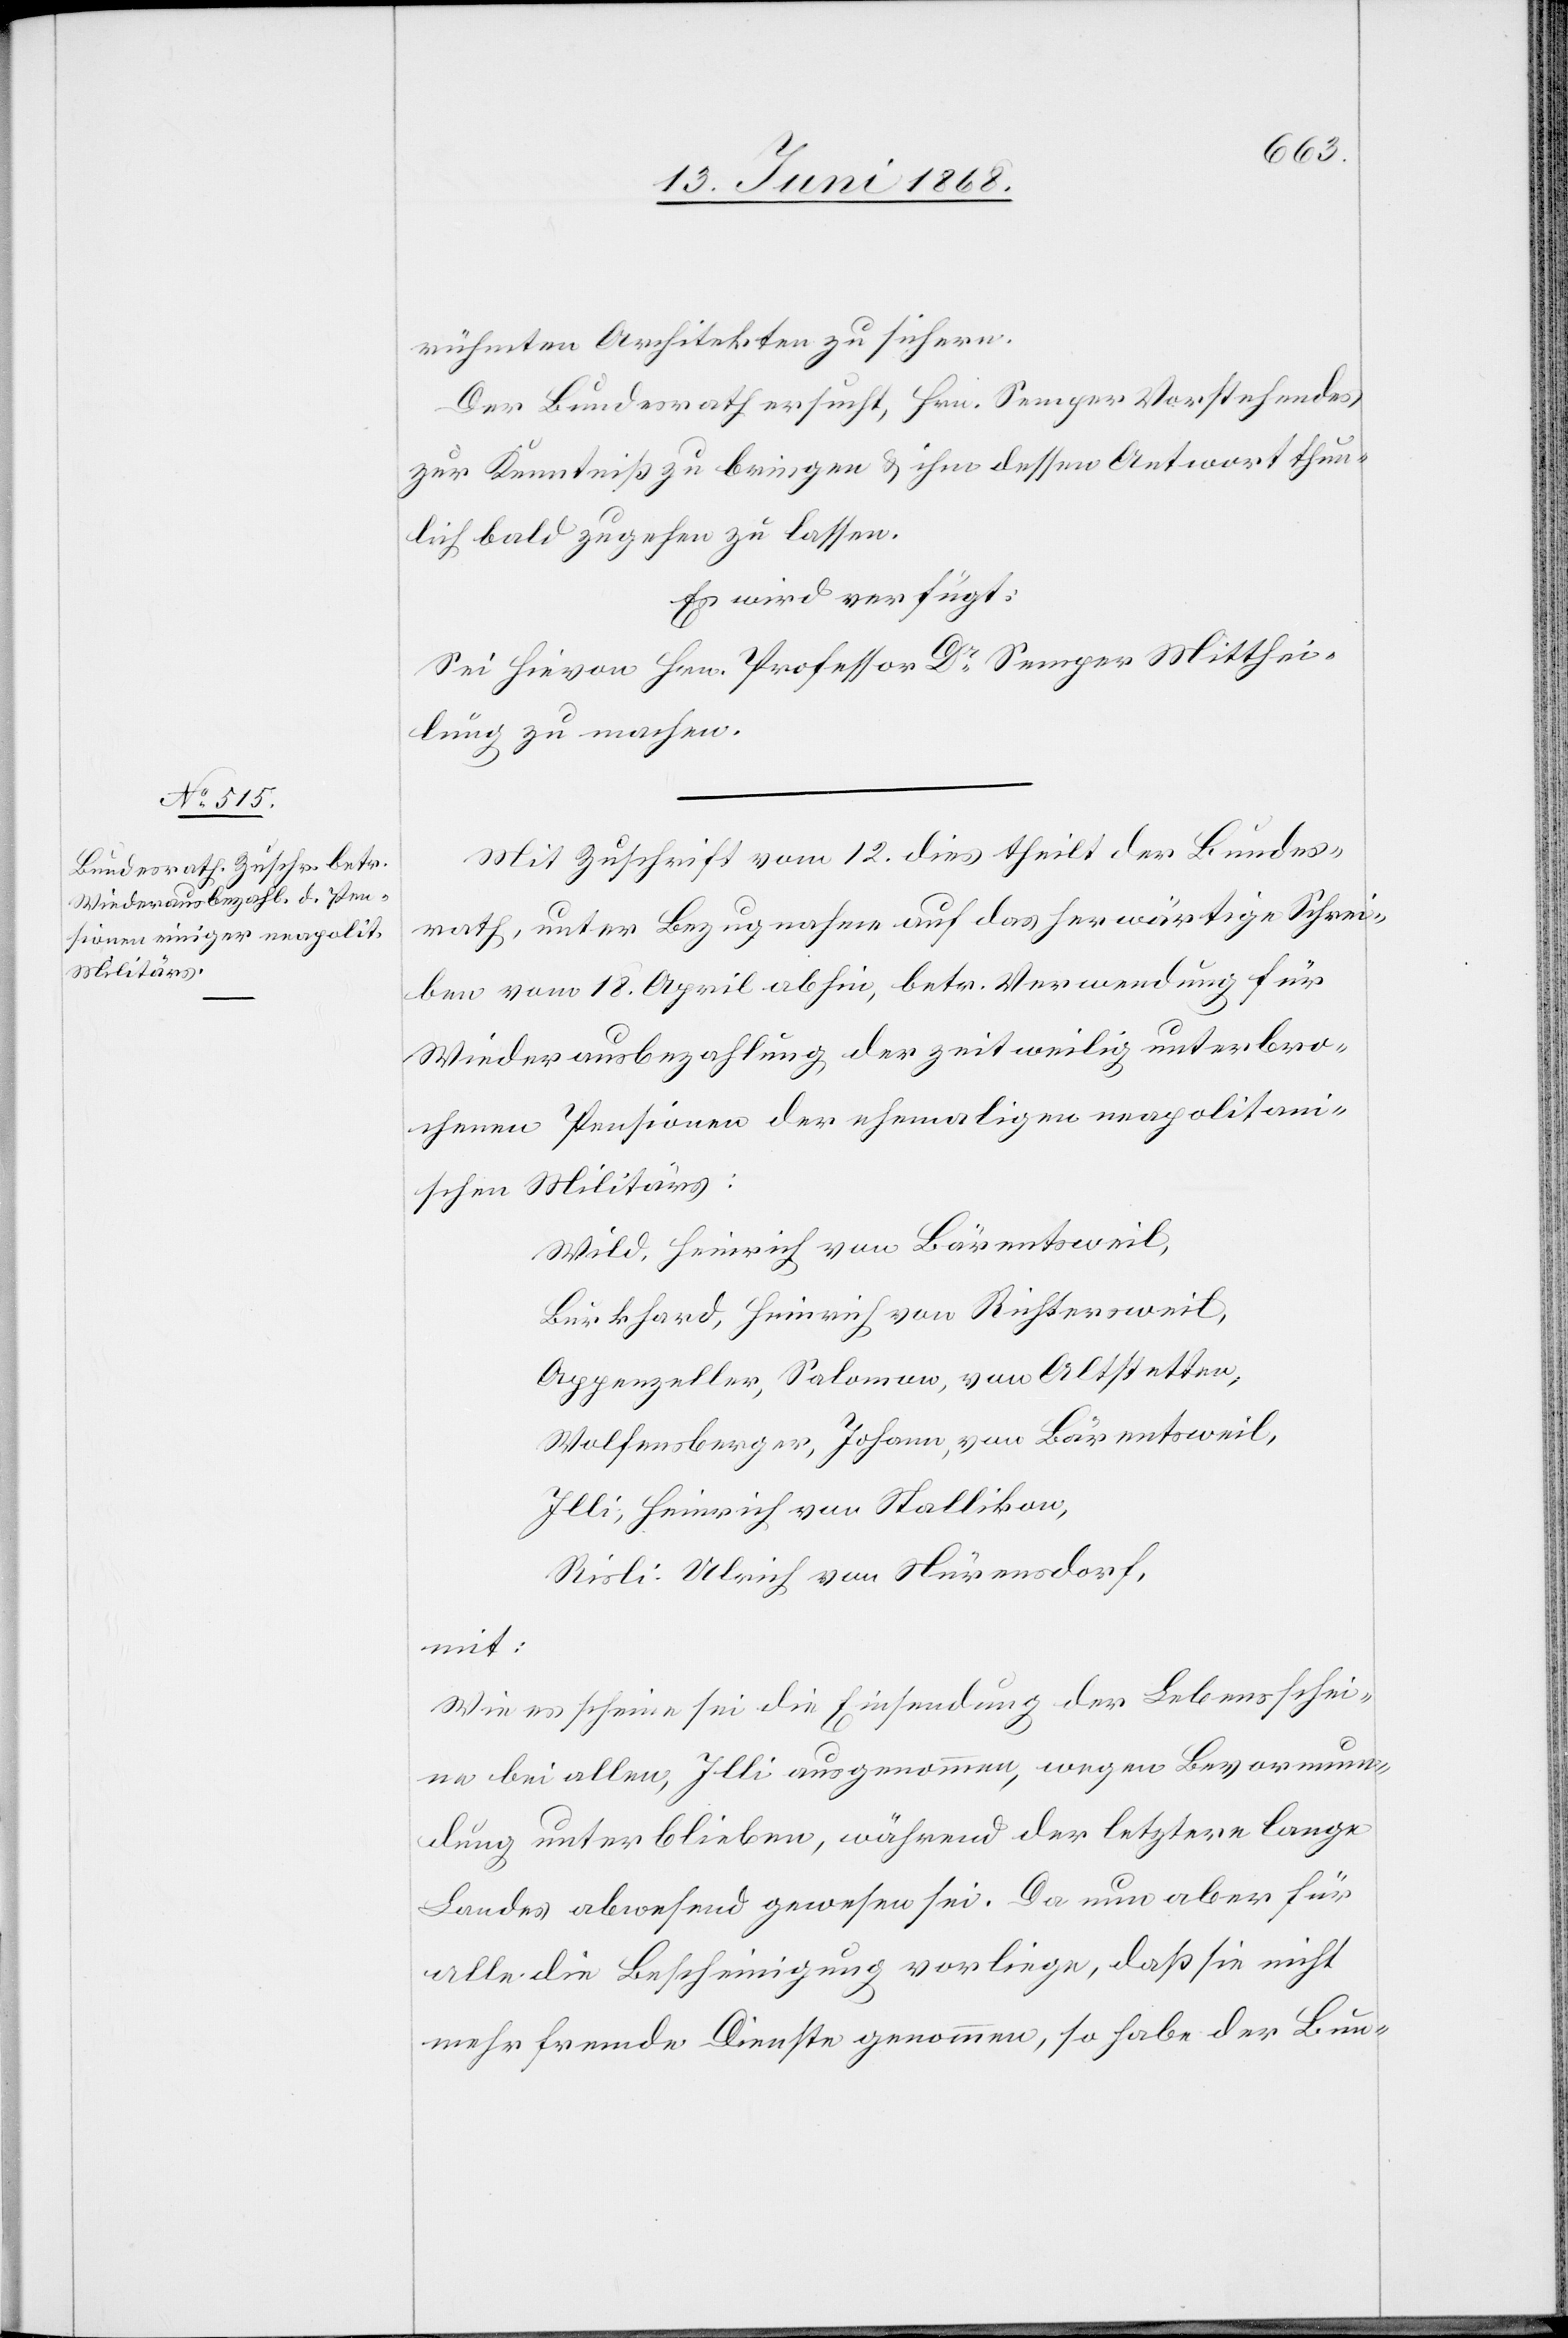
14. Juni 1868.]
rühmten Architekten zu sichern.
Der Bundesrath ersucht, Hrn. Semper Vorstehendes
zur Kenntniß zu bringen & ihm dessen Antwort thun¬
lich bald zugehen zu lassen.
Es wird verfügt:
Sei hievon Hrn. Professor Dr. Semper Mitthei¬
lung zu machen.
Mit Zuschrift vom 12. dies theilt der Bundes¬
rath, unter Bezugnahme auf das herwärtige Schrei¬
ben vom 18. April abhin, betr. Verwendung für
Wiederausbezahlung der zeitweilig unterbro¬
chenen Pensionen der ehemaligen neapolitan¬
ischen Militärs:
Wild, Heinrich von Bärentsweil,
Burkhard, Heinrich von Richtersweil,
Appenzeller, Salomon, von Altstetten,
Wolfensberger, Johann, von Bärentsweil,
Illi, Heinrich von Stallikon,
Risli Ulrich von Nürensdorf,
mit:
Wie es scheine sei die Einsendung der Lebensschei¬
ne bei allen, Illi ausgenommen, wegen Bevormun¬
dung unterblieben, während der letztere lange
Landes abwesend gewesen sei. Da nun aber für
alle die Bescheinigung vorliege, daß sie nicht
mehr fremde Dienste genommen, so habe der Bun-